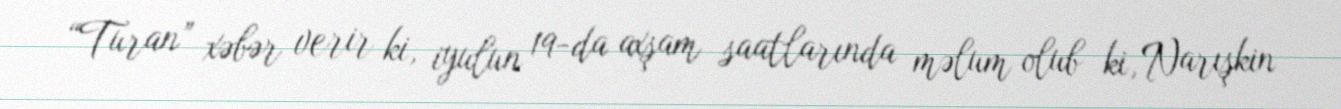
“Turan” xəbər verir ki, iyulun 19-da axşam saatlarında məlum olub ki, Narışkin